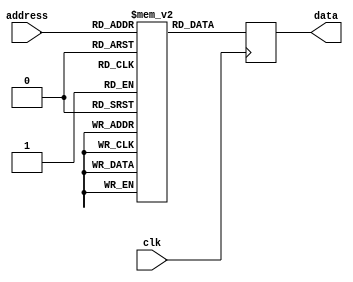
module rom(
    input wire clk,
    input wire [log2_depth-1:0] address,
    output reg [data_width-1:0] data
);

parameter data_width = 8;
parameter depth = 16;
parameter log2_depth = $clog2(depth);

reg [data_width-1:0] memory [depth-1:0];

initial begin
    // Initialize memory with data
    memory[0] = 8'h00;
    memory[1] = 8'h11;
    memory[2] = 8'h22;
    // Add more memory initialization values as needed
end

always @(posedge clk) begin
    // Read operation
    data <= memory[address];
end

endmodule